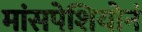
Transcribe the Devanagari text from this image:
मांसपेशियोनं